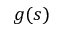
g ( s )